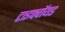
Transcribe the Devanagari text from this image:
टाइफ्वॉयड